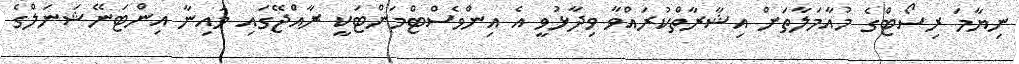
ނިޔާމަ ރިސޯޓްގެ މުއާމަލާތަށް އިޝާރާތްކުރައްވާ ވިދާޅުވީ އެ އިންވެސްޓްމަންޓަކީ ރާއްޖޭގައި މައިނާ އިންޓަނޭޝަނަލްގެ